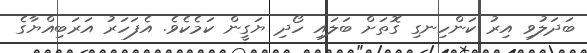
ބަދަލުވި އިރު ކަންހިނގި ގޮތަށް ބަލައި ހޯދި ޔަގީން ކަމެކެވެ. އެފަހަރު އަރަބިއްޔާގެ